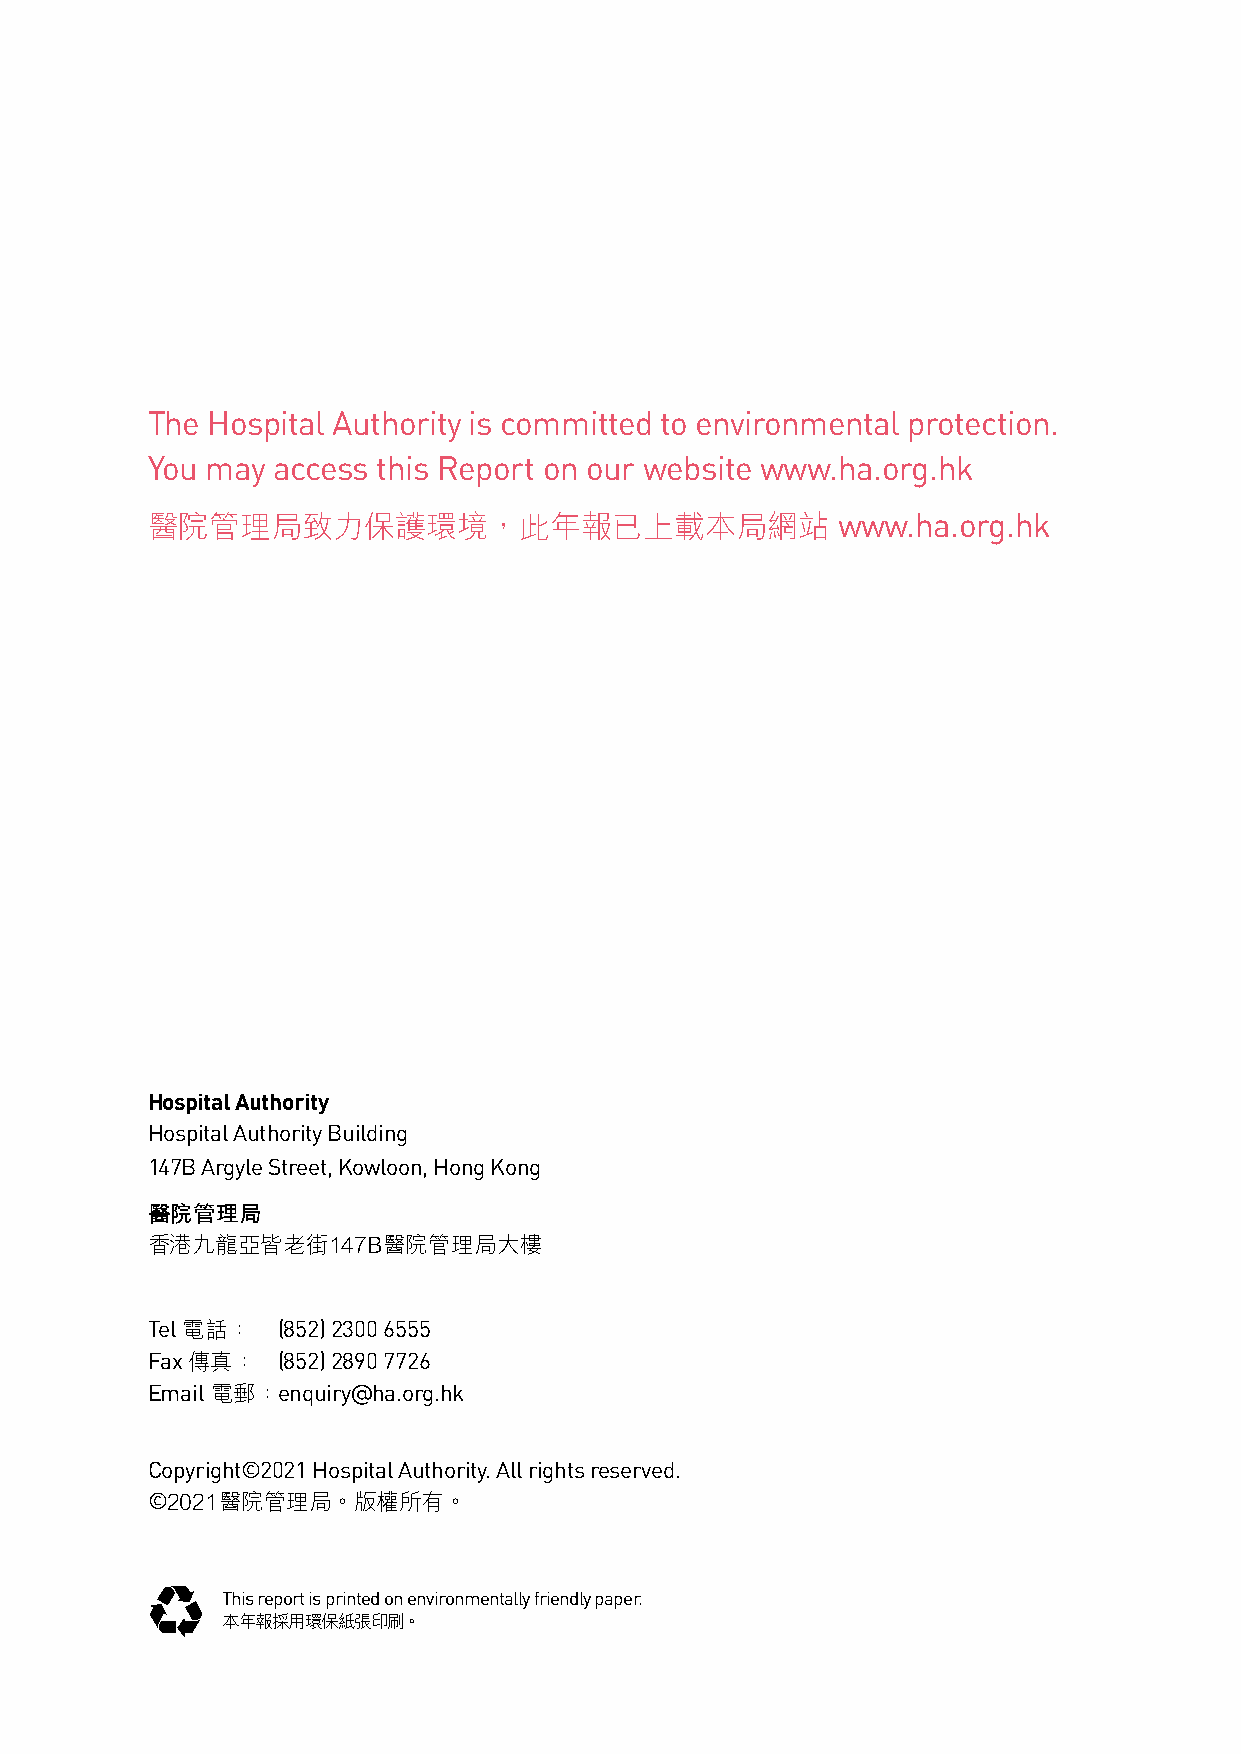
The Hospital Authority is committed to environmental protection.
 You may access this Report on our website www.ha.org.hk
 醫院管理局致力保護環境，此年報已上載本局網站                       www.ha.org.hk
 Hospital Authority
 Hospital Authority Building
 147B Argyle Street, Kowloon, Hong Kong
 醫院管理局
 香港九龍亞皆老街147B醫院管理局大樓
 Tel 電話： (852) 2300 6555
 Fax 傳真： (852) 2890 7726
 Email 電郵： enquiry@ha.org.hk
 Copyright©2021 Hospital Authority. All rights reserved.
 ©2021醫院管理局。版權所有。
 This report is printed on environmentally friendly paper.
 本年報採用環保紙張印刷。